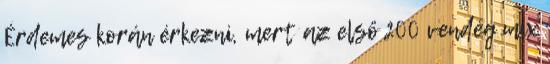
Érdemes korán érkezni, mert az első 200 vendég mix